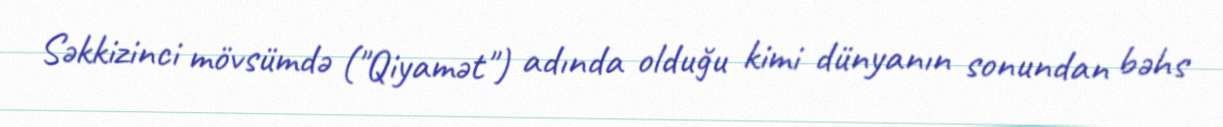
Səkkizinci mövsümdə ("Qiyamət") adında olduğu kimi dünyanın sonundan bəhs